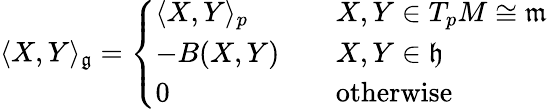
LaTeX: \langle X,Y\rangle_{\mathfrak{g}}={\left\{ \begin{array}{ll}{\langle X,Y\rangle_{p}\quad}&{X,Y\in T_{p}M\cong{\mathfrak{m}}}\\ {-B(X,Y)\quad}&{X,Y\in{\mathfrak{h}}}\\ {0}&{{\mathrm{otherwise}}}\end{array}\right.}